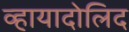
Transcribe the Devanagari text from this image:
व्हायादोलिद